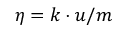
\eta = k \cdot u / m